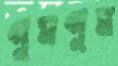
গুমগুম